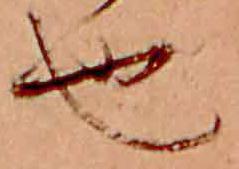
也